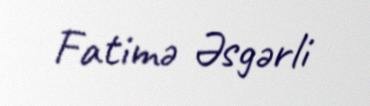
Fatimə Əsgərli